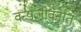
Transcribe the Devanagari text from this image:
वन्यजीवनात